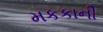
મકકાની